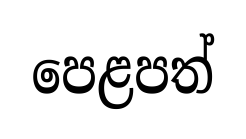
පෙළපත්